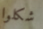
شكلوا